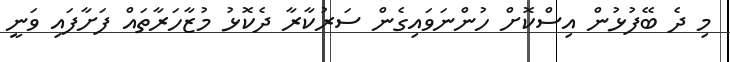
މި ދެ ބޭފުޅުން އިސްކޮށް ހުންނަވައިގެން ސަރުކާރާ ދެކޮޅު މުޒާހަރާތައް ފަށާފައި ވަނީ